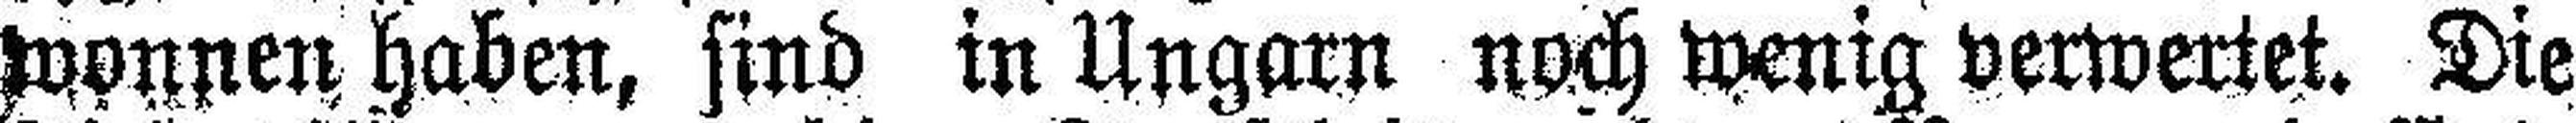
wonnen haben, sind in Ungarn noch wenig verwertet. Die